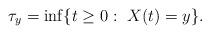
LaTeX: \begin{align*}\tau_y = \inf\{t \geq 0 :~ X(t) = y\}.\end{align*}